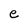
Character: e